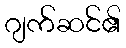
ဂျက်ဆင်၏